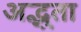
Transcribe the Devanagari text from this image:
अद्भुता